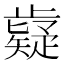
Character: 𭭷